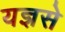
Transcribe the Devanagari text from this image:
यज्ञसे